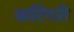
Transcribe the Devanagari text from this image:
कटिंगरी